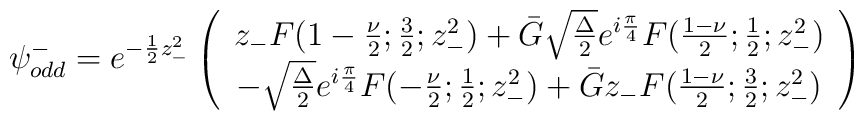
{\psi}_{odd}^{-} = e^{-\frac{1}{2} z_{-}^2}\left( \begin{array}{c}z_{-} F(1-\frac{\nu}{2};\frac{3}{2};z_{-}^2) + \bar{G} \sqrt{\frac{\Delta}{2}} e^{i\frac{\pi}{4}} F(\frac{1-\nu}{2};\frac{1}{2};z_{-}^2) \\- \sqrt{\frac{\Delta}{2}} e^{i\frac{\pi}{4}} F(-\frac{\nu}{2};\frac{1}{2};z_{-}^2) + \bar{G} z_{-} F(\frac{1-\nu}{2};\frac{3}{2};z_{-}^2)\end{array} \right)